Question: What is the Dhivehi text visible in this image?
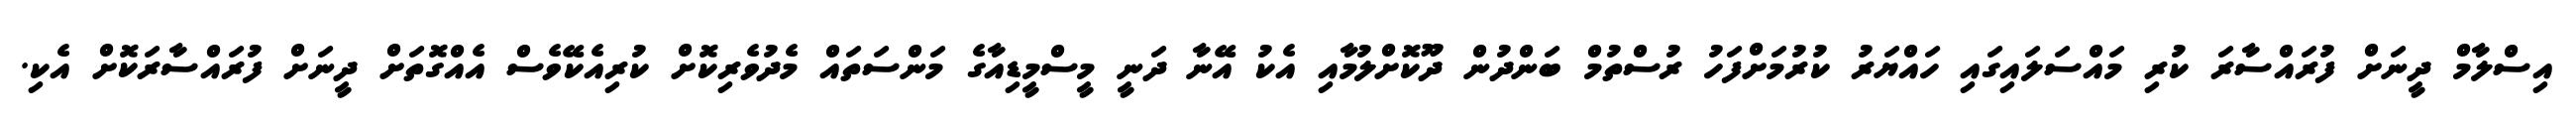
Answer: އިސްލާމް ދީނަށް ފުރައްސާރަ ކުރި މައްސަލައިގައި ހައްޔަރު ކުރުމަށްފަހު ރުސްތުމް ބަންދުން ދޫކޮށްލުމާއި އެކު އޭނާ ދަނީ މީސްމީޑިއާގެ މަންސަތައް މެދުވެރިކޮށް ކުރިއެކޭވެސް އެއްގޮތަށް ދީނަށް ފުރައްސާރަކޮށް އެކި.